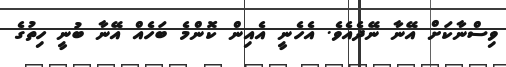
ވިސްނާކަށް އޭނާ ނޭދެއެވެ. އެހެނީ އެއިން ކޮންމެ ބަހެއް އޭނާ ބުނީ ހިތުގެ